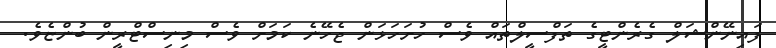
ފައިނޭންޝަލް ގެރެންޓީގެ ތަފްސީލްތައް ވެސް ހުށަހަޅަން ޖެހޭނެ ކަމަށް ވެސް މިނިސްޓްރީން ބުންޏެވެ.